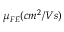
\mu _ { F E } ( c m ^ { 2 } / V s )